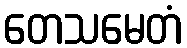
တေသမေတံ